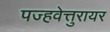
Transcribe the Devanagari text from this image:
पज्हवेत्तुरायर